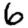
Digit: 6